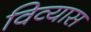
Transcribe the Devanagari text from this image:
विव्यास